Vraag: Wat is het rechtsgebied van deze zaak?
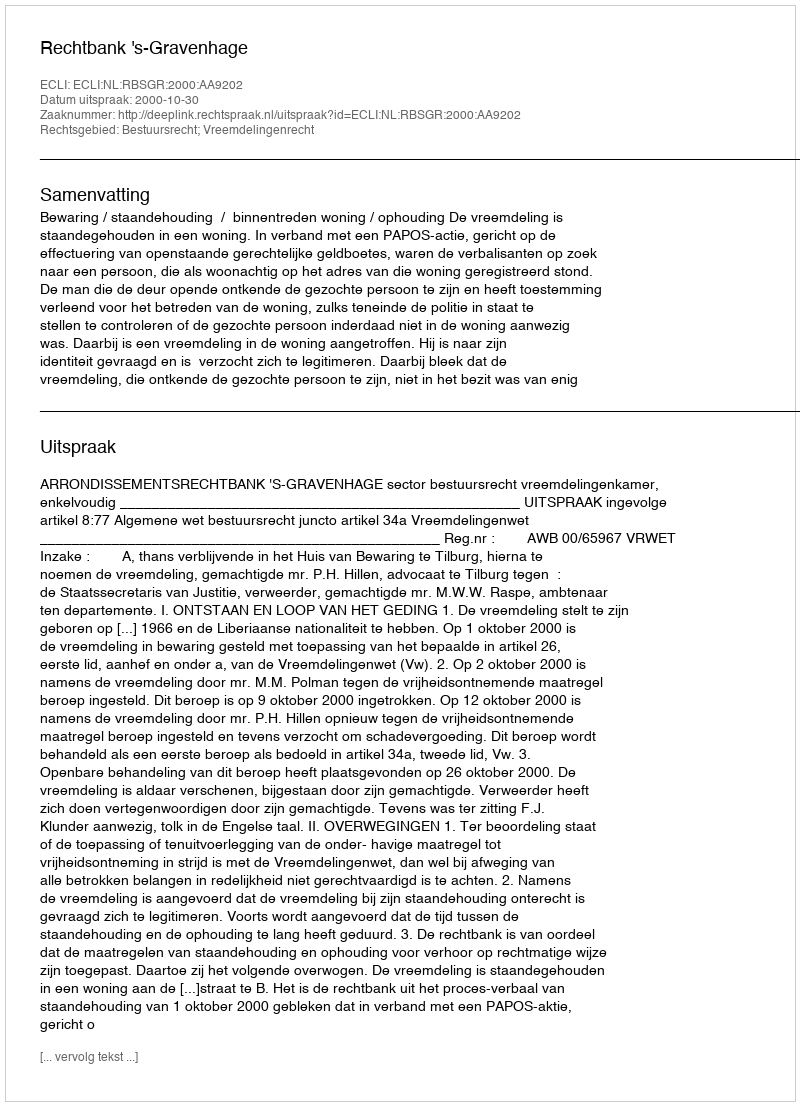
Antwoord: Bestuursrecht; Vreemdelingenrecht